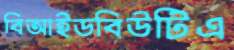
বিআইডবিউটিএ